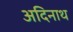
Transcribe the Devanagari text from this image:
अदिनाथ